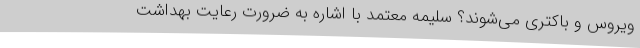
ویروس و باکتری می‌شوند؟ سلیمه معتمد با اشاره به ضرورت رعایت بهداشت